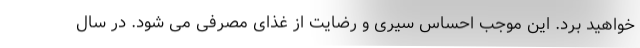
خواهید برد. این موجب احساس سیری و رضایت از غذای مصرفی می شود. در سال